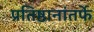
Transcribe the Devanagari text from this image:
प्रतिष्ठानांतर्फे